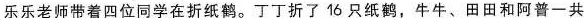
乐乐老师带着四位同学在折纸鹤。丁丁折了16只纸鹤，牛牛、田田和阿普一共